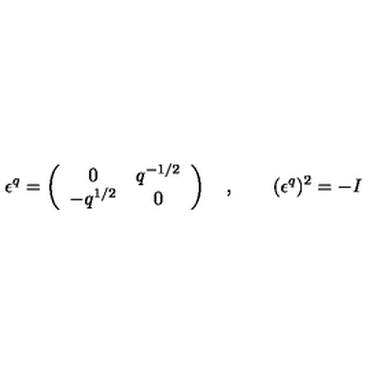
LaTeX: \epsilon ^ { q } = \left( \begin{array} { c c } { 0 } & { q ^ { - 1 / 2 } } \\ { - q ^ { 1 / 2 } } & { 0 } \\ \end{array} \right) \quad , \qquad ( \epsilon ^ { q } ) ^ { 2 } = - I